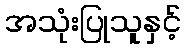
အသုံးပြုသူနှင့်